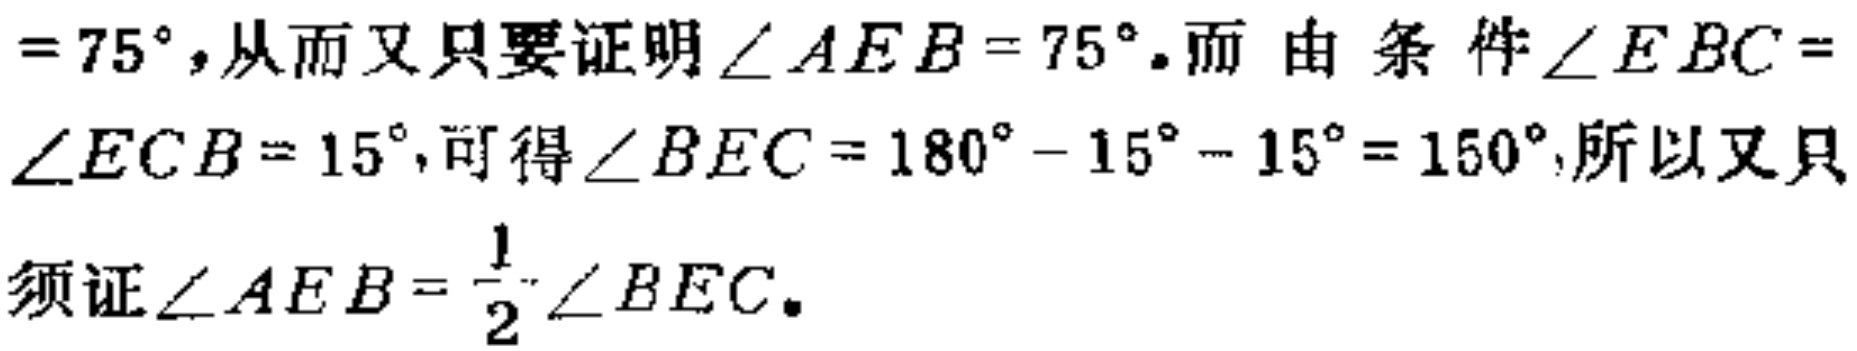
$=75^{\circ},从而又只要证明\angle AEB = 75^{\circ}。而由条件\angle EBC = \angle ECB = 15^{\circ},可得\angle BEC = 180^{\circ}-15^{\circ}-15^{\circ}=150^{\circ},所以又只须证\angle AEB=\frac{1}{2}\angle BEC。$